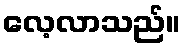
လေ့လာသည်။